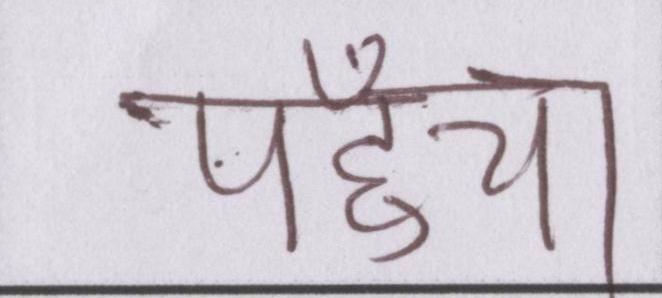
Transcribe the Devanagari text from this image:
पहुँचा